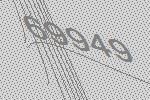
69949